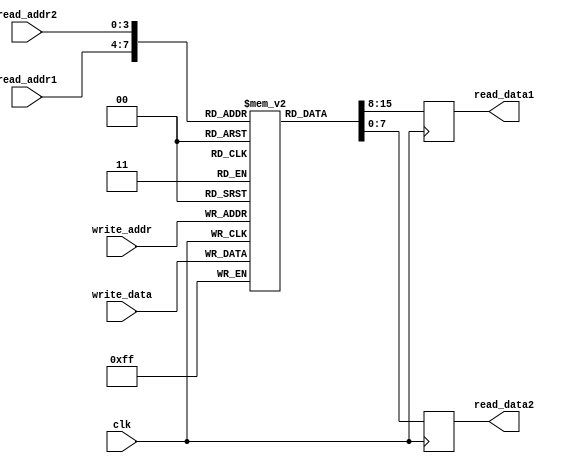
module register_file(
    input wire clk,
    input wire [7:0] write_data,
    input wire [3:0] write_addr,
    input wire [3:0] read_addr1,
    input wire [3:0] read_addr2,
    output reg [7:0] read_data1,
    output reg [7:0] read_data2
);

reg [7:0] memory [15:0];

always @(posedge clk) begin
    memory[write_addr] <= write_data;
    read_data1 <= memory[read_addr1];
    read_data2 <= memory[read_addr2];
end

endmodule